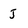
Character: j